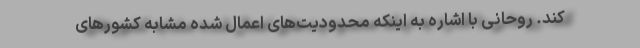
کند. روحانی با اشاره به اینکه محدودیت‌های اعمال شده مشابه کشورهای